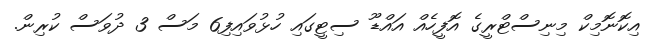
އިކޮނޮމިކް މިނިސްޓްރީގެ އޮފީހެއް އައްޑޫ ސިޓީގައި ހުޅުވައިފި6 މަސް 3 ދުވަސް ކުރިން.